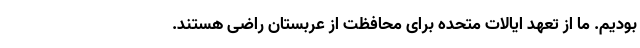
بودیم. ما از تعهد ایالات متحده برای محافظت از عربستان راضی هستند.